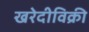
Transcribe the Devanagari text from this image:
खरेदीविक्री